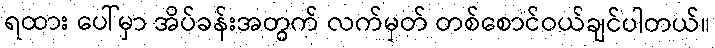
ရထား ပေါ်မှာ အိပ်ခန်းအတွက် လက်မှတ် တစ်စောင်ဝယ်ချင်ပါတယ်။